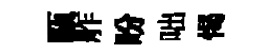
甌舴盼咄愒